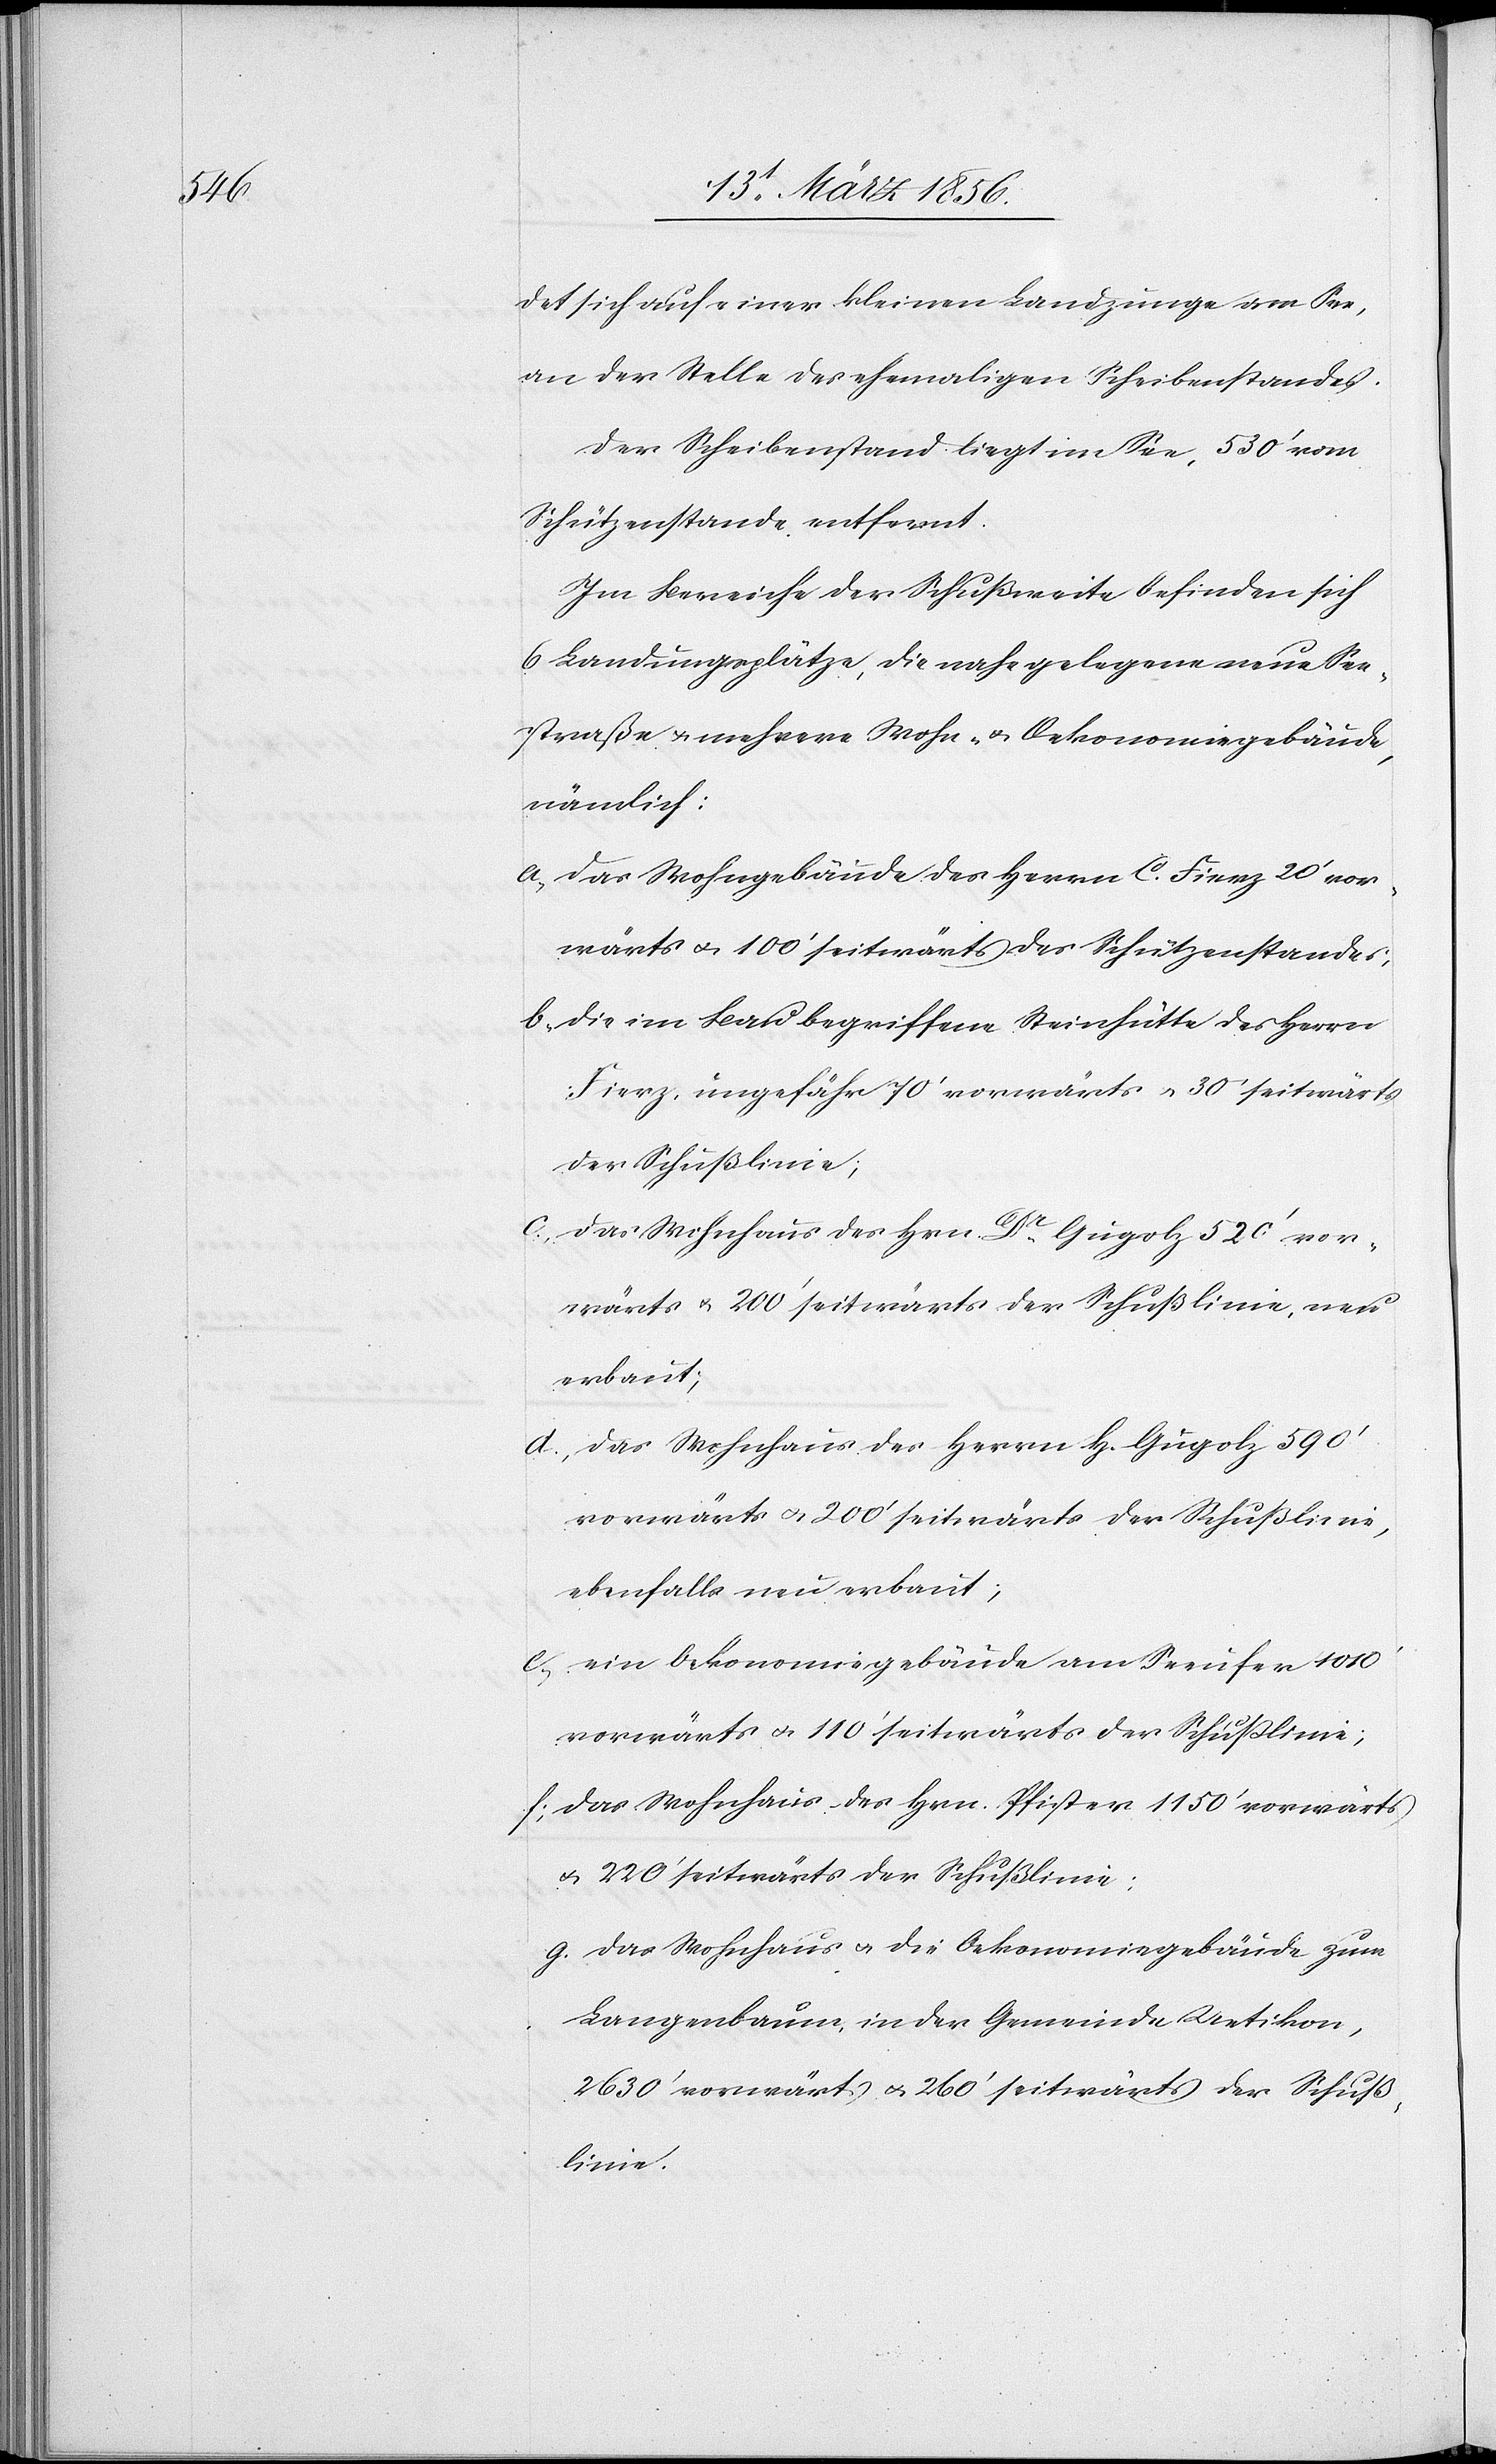
det sich auf einer kleinen Landzunge am See,
an der Stelle des ehemaligen Scheibenstandes.
Der Scheibenstand liegt im See, 530’ vom
Schützenstande entfernt.
Im Bereiche der Schußweite befinden sich
6 Landungsplätze, die nahe gelegene neue See¬
straße u. mehrere Wohn- u. Oekonomiegebäude
nämlich:
a., das Wohngebäude des Herrn C. Fierz 20’ vor¬
wärts u. 100’ seitwärts des Schützenstandes,
b., die im Bau begriffene Steinhütte des Herrn
Fierz, ungefähr 70’ vorwärts u. 30’ seitwärts
der Schußlinie;
c., das Wohnhaus des Hrn. Dr Gugolz 520’ vor¬
wärts u. 200’ seitwärts der Schußlinie, neu
erbaut;
d., das Schulhaus des Herrn H. Gugolz 590’
vorwärts u. 200’ seitwärts der Schußlinie,
ebenfalls neu erbaut;
e., ein Oekonomiegebäude am Seeufer 1010’
vorwärts u. 110’ seitwärts der Schußlinie;
f., das Wohnhaus des Hrn. Pfister 1150’ vorwärts
u. 220’ seitwärts der Schußlinie;
g. das Wohnhaus u. die Oekonomiegebäude zum
Langenbaum, in der Gemeinde Uetikon,
2630’ vorwärts u. 260’ seitwärts der Schuß¬
linie.